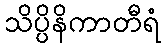
သိပ္ပိနိကာတီရံ